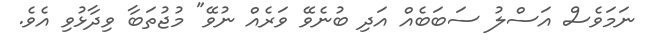
ނަމަވެސް އަސްލު ސަބަބެއް އަދި ބުނެވޭ ވަރެއް ނުވޭ" މުޖުތަބާ ވިދާޅުވި އެވެ.